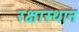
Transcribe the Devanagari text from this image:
रक्षास्थान